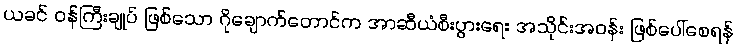
ယခင် ဝန်ကြီးချုပ် ဖြစ်သော ဂိုချောက်တောင်က အာဆီယံစီးပွားရေး အသိုင်းအဝန်း ဖြစ်ပေါ်စေရန်